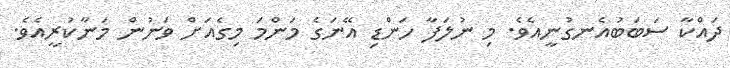
ދައްކާ ސަބަބުއެނގުނީއެވެ. މި ނުލަފާ ހަންޑި އޭނަގެ މަންމަ މިގެއަށް ވަނުން މަނާކުރީއެވެ.